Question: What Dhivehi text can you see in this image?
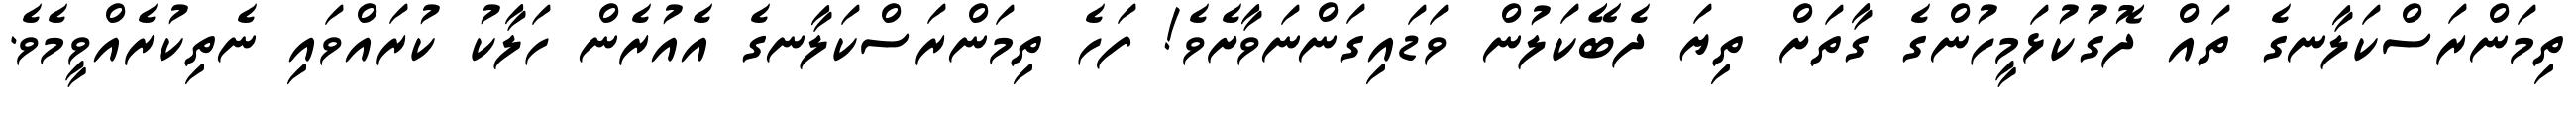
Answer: ތިމަންރަސްކަލާނގެ ތައް ދޮގުކުޅަމީހުންގެ ގާތަށް ތިޔަ ދެބޭކަލުން ވަޑައިގަންނަވާށެވެ! ފަހެ ތިމަންރަސްކަލާނގެ އެއުރެން ހަލާކު ކުރައްވައި ނެތިކުރެއްވީމެވެ.